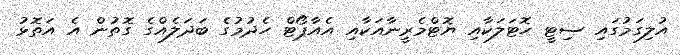
އުލިގަމުގައި ސިޓީ ހޮޓަލަކާއި ޔޮޓްމެރީނާއަކާއި އެއާޕޯޓް ހެދުމުގެ ބަދަލެއްގެ ގޮތުން އެ އަތޮޅު